Memorandum on the prevention of leprosy by segregation of the affected
Disease focus: Leprosy
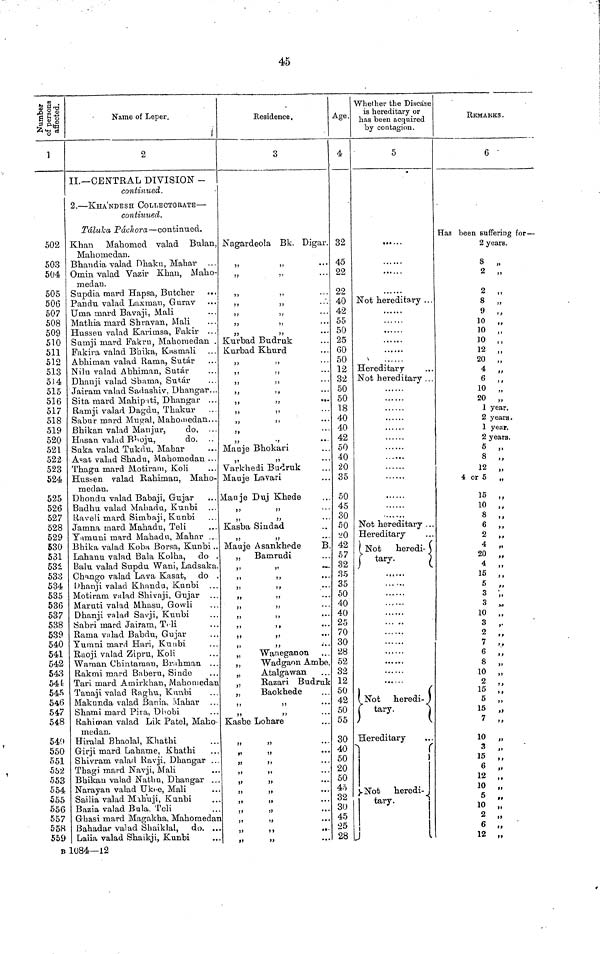
45
Number of
persons
affected.
1
502
503
504
505
506
507
508
509
510
511
512
513
5)4
515
516
517
518
519
520
521
522
523
524
525
526
527
528
529
530
531
532
533
534
535
536
537
538
539
540
541
542
543
544
545
546
547
548
549
550
551
562
553
554
555
556
557
558
559
Name of Leper,
2
II.— CENTRAL DIVISION -
continued.
2. — KHA'NDESH COLLECTORATE —
continued.
Táluka Páchora — continued.
Khan Mahomed valad Bulan
Mahomedan.
Bhandia valad Dhaku, Mahar
Omin valad Vazir Khan, Maho-
medan.
Supdia mard Hapsa, Butcher
Pandu valad Laxman, Gurav
Uma mard Bavaji, Mali
Mathia mard Shravan, Mali
Hussen valad Karimsa, Fakir , . .
Sumji mard Fakru, Mahomedan .
Fakira valad Bhika, Kasmali
Abhiman valad Rama, Sutár
Nilu valad Abhiman, Sutár
Dhanji valad Shama, Sutár
Jairam valad Sadashiv, Dhangar...
Sita mard Mahipati, Dhangar ...
Ramji valad Dagdu, Thakur
Sabur mard Mugal, Mahomedan...
Bhikan valad Manjur,
do, ...
Hasan valad Bhoju,
do.
Suka valad Tukdu, Mahar
Asat valad Shadu, Mahomedan ...
Thagu mard Motiram, Koli
Hussen valad Rahiman, Maho-
medan.
Dhondu valad Babaji, Gujar
Badhu valad Mahadu., Kunbi
Raveli mard Simbaji, Kunbi
Jamna mard Mahadu, Teli
Yamuni mard Mahadu, Mahar ...
Bhika valad Koba Borsa, Kunbi ..
Lahanu valad Bala Kolha, do .
Balu valad Supdu Wani, Ladsaka.
Chango valad Lava Kasat, do .
Dhanji valad Khandu, Kunbi
Motiram valad Shivaji, Gujar ...
Maruti valad Mhasu, Gowli
Dhanji valad Savji, Kunbi
Sabri mard Jairam, Teli
Rama valad Babdu, Gujar
Tumni mard Hari, Kunbi
Raoji valad Zipru, Koli
Waman Chintaman, Brahman ...
Rakmi mard Baberu, Sinde
Tari mard Amirkhan, Mahomedan
Tanaji valad Raghu, Kunbi
Makunda valad Bania, Mahar
Shami mard Pira, Dhobi
Rahiman valad Lik Patel, Maho-
medan.
Hiralal Bhaolal, Khathi
Girji mard Lahame, Khathi
Shivram valad Ravji, Dhangar ...
Thagi mard Navji, Mali
Bhikau valad Nathu, Dhangar ...
Narayan valad Ukee, Mali
Sailia valad Mahuji, Kunbi
Bazia valad Bula. Teli
Ghasi mard Magakha, Mahomedan
Bahadar valad Shaiklal, do, ...
Laiia valad Shaikji, Kunbi
Residence.
3
Nagardeola Bk. Digar
,,
,,
,,
,,
,,
Kurbad Budruk
Kurbad Khurd
,,
,,
.
.
.'
,,
,,
,,
,,
,,
,,
,,
,,
,,
Mauje Bhokari
Varkhedi Budruk
Mauje Lavari
Mauje Duj Khede
,,
,,
Kasba Sindad
,,
Mauje Asankhede
B
,, Bamrudi
,,
.
.
.
,,
,,
,,
,
,,
,,
,,
,,
.
.
.
,,
,,
,,
,,
„
Waneganon
,,
Wadgaon Ambe.
„
Atalgawan
„
Razari Budruk
„
Baokhede
,,
,,
.
.
.
,,
,,
...
Kasbe Lohare
,,
,,
,,
.
.
.
,
,
,,
,,
...
,,
,,
.
.
.
,,
.
.
.
,,
.
.
.
Age
4
32
45
22
22
40
42
55
50
25
60
50
12
32
50
50
18
40
40
42
50
40
20
35
50
45
30
50
20
42
57
32
35
35
50
40
40
25
70
30
28
52
32
12
50
42
50
55
30
40
50
20
50
45
32
30
45
25
28
Whether the Disease
is hereditary or
has been acquired
by contagion.
5
Not hereditary . . .
......
Hereditary
Not hereditary . . .
Not hereditary . . .
Hereditary
Not
hereditary.
......
Not
heredi-
tary.
Hereditary
. Not heredi-
tary.
REMARKS .
6
Has been suffering for—
2 years.
3 „
2
„
2
„
8 „
9
„
10
„
10
„
10 ,,
12
„
20
„
4
„
6
,,
10 .,
20 ;,
1 year.
2 years.
1 year.
2 years.
5 „
8
„
12
4 or 5 „
15 „
10 „
8
„
6
,,
2
„
4
„
20
„
4
„
15
,,
5
„
3 '„
3 ,,
10
,,
3 ,,
2
„
7
,,
6
„
8 „
10 „
2 ,,
15
,,
5 „
15 „
7
„
10 „
3
„
15
„
6
„
12 „
10 „
5 „
10 „
2 „
6 „
12 „
B 1084—12